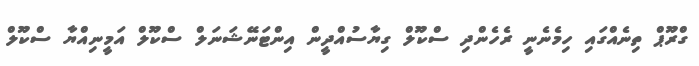
ގްރޫޕް ތިނެއްގައި ހިމެނެނީ ރެހެންދި ސްކޫލް ގިޔާސުއްދީން އިންޓަނޭޝަނަލް ސްކޫލް އަމީނިއްޔާ ސްކޫލް